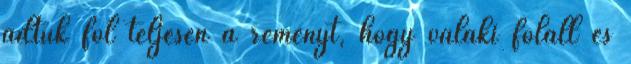
adtuk föl teljesen a reményt, hogy valaki föláll és